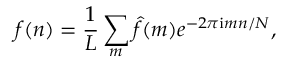
f ( n ) = \frac { 1 } { L } \sum _ { m } \hat { f } ( m ) e ^ { - 2 \pi \mathrm { i } m n / N } ,